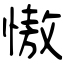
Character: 慠